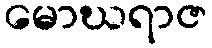
မောဃရာဇ